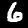
Digit: 6